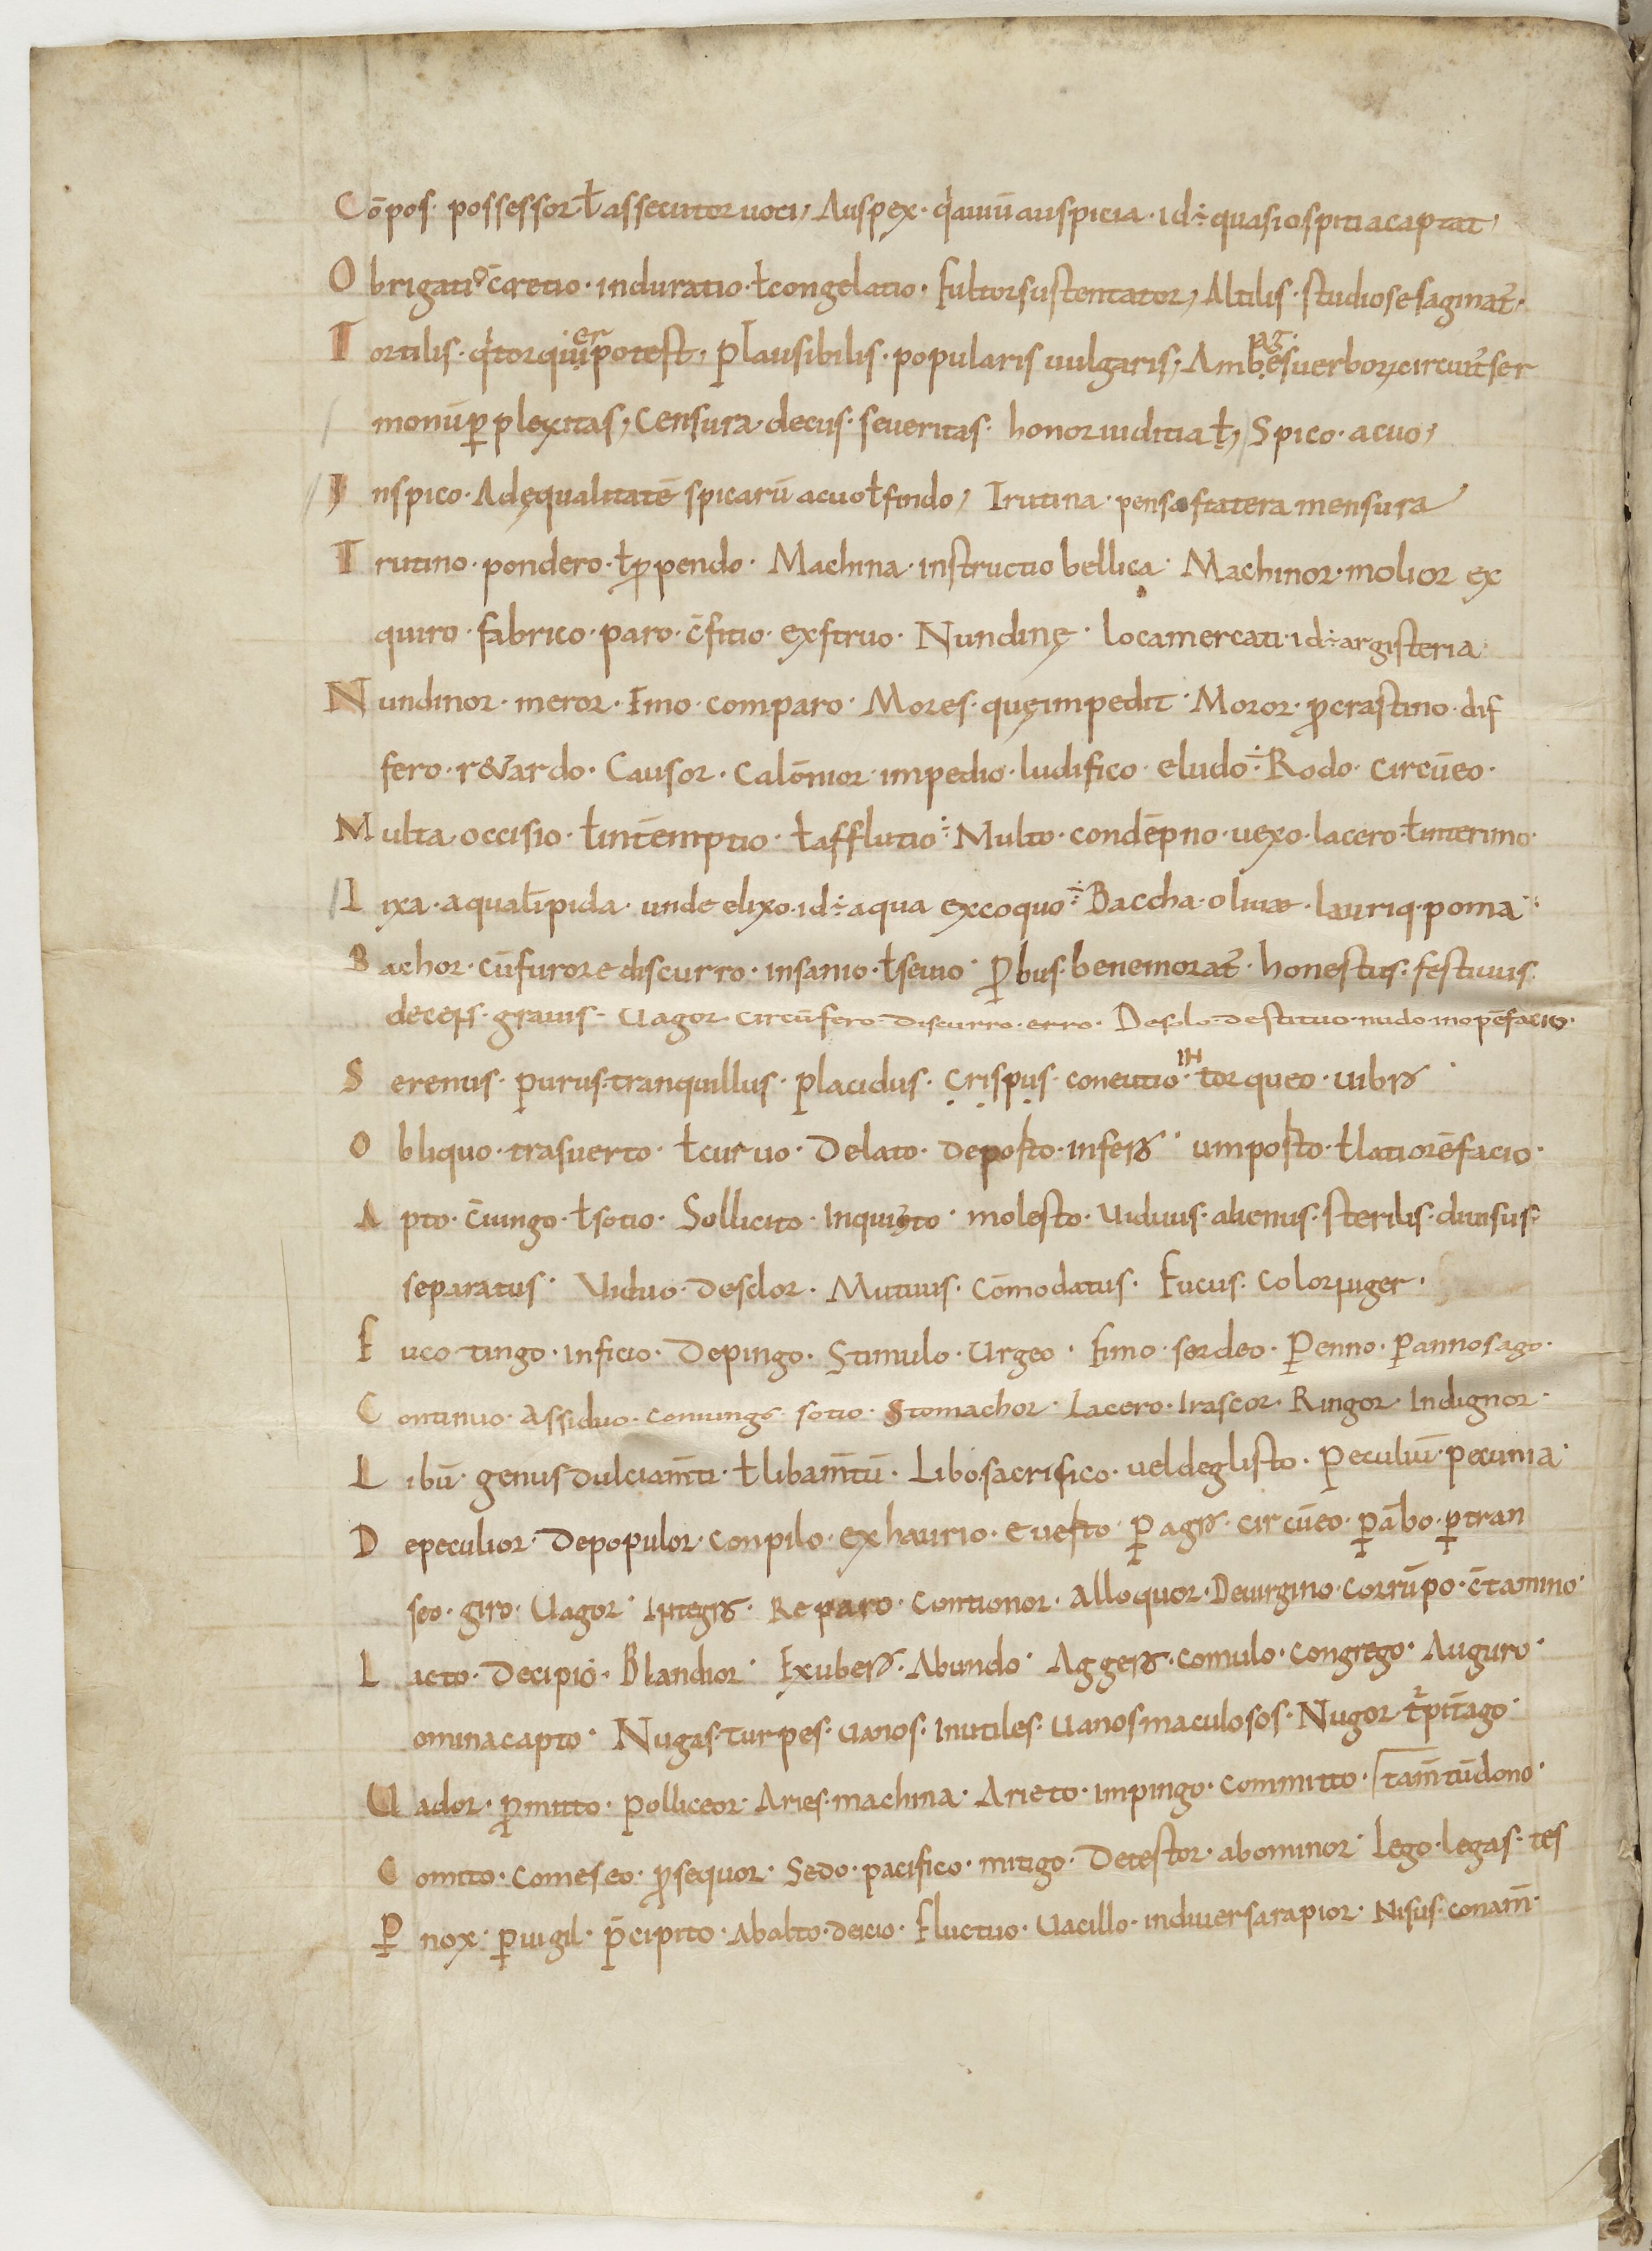
Shelfmark: Paris, BnF, lat. 14087
Century: 9